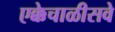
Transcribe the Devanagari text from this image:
एक्केचाळीसवे